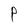
Character: P